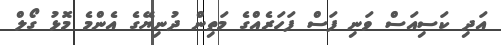
އަދި ކަސިއަސް ވަނި ފަސް ފަހަރެއްގެ މަތިން ދުނިޔޭގެ އެންމެ މޮޅު ގޯލް